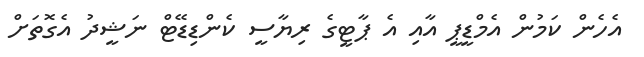
އެހެން ކަމުން އެމްޑީޕީ އާއި އެ ޕާޓީގެ ރިޔާސީ ކެންޑިޑޭޓް ނަޝީދު އެގޮތަށް